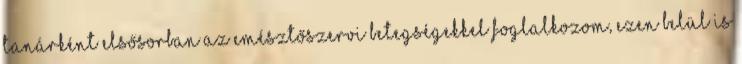
tanárként elsősorban az emésztőszervi betegségekkel foglalkozom, ezen belül is